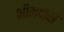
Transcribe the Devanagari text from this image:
भीमदास